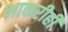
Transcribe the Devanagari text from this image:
भाकरीही